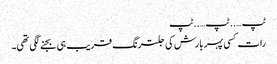
ٹپ …..ٹپ…..ٹپ
رات کسی پہر بارش کی جلترنگ قریب ہی بجنے لگی تھی۔